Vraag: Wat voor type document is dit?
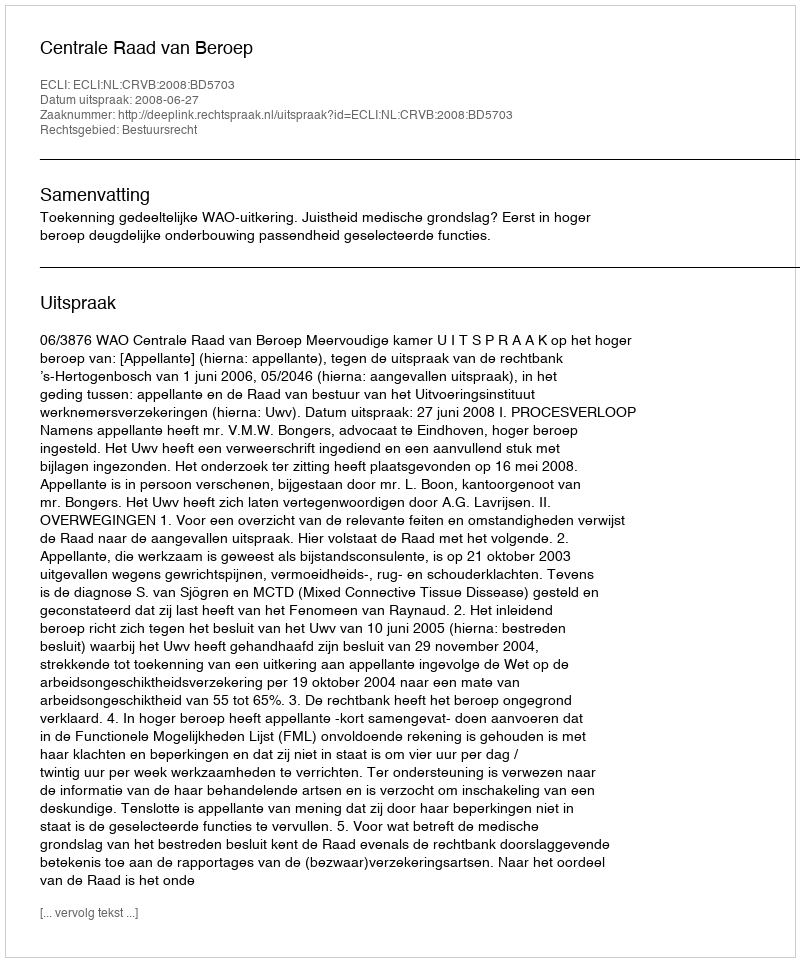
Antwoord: Uitspraak